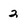
Character: 2